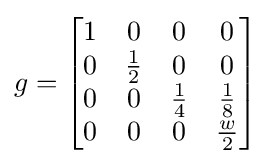
g={\begin{bmatrix}1&0&0&0\\0&{\frac {1}{2}}&0&0\\0&0&{\frac {1}{4}}&{\frac {1}{8}}\\0&0&0&{\frac {w}{2}}\end{bmatrix}}